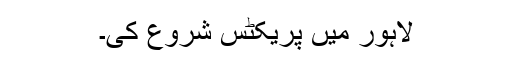
لاہور میں پریکٹس شروع کی۔